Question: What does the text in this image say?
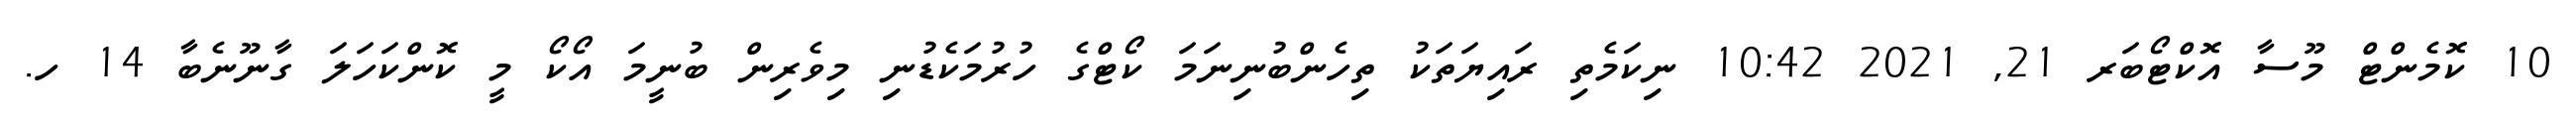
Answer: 10 ކޮމެންޓް މޫސާ އޮކްޓޯބަރ 21, 2021 10:42 ނިކަމެތި ރައިޔަތަކު ތިހެންބުނިނަމަ ކޯޓްގެ ހުރުމަކެޑުނި މިވެރިން ބުނީމަ އޯކޯ މީ ކޮންކަހަލަ ގާނޫނެބާ 14 ހ.